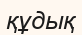
құдық